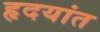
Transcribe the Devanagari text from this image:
हृदयांत